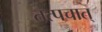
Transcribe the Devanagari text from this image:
तत्पचात्